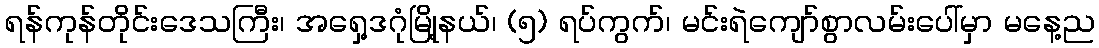
ရန်ကုန်တိုင်းဒေသကြီး၊ အရှေ့ဒဂုံမြို့နယ်၊ (၅) ရပ်ကွက်၊ မင်းရဲကျော်စွာလမ်းပေါ်မှာ မနေ့ည